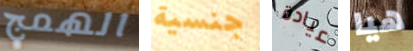
الهمج جنسية عيادة هيا